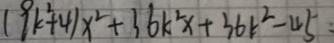
( 9 k ^ { 2 } + 4 ) x ^ { 2 } + 3 6 k ^ { 2 } x + 3 6 k ^ { 2 } - 4 5 、